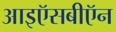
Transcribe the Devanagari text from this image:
आइऍसबीऍन